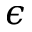
\epsilon